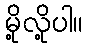
မို့လို့ပါ။